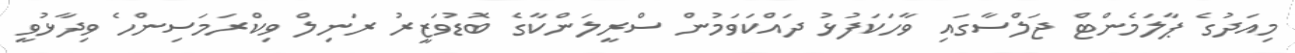
މިއަދުގެ ޕާލަމެންޓް ޖަލްސާގައި ވާހަކަފުޅު ދައްކަވަމުން ސްރީލަންކާގެ ބޮޑުވަޒީރު ރަނިލް ވިކްރަމަސިންހެ ވިދާޅުވީ